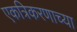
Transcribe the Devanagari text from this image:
एकत्रिकरणाच्या